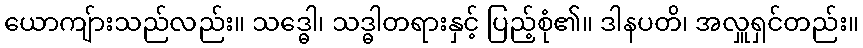
ယောကျ်ားသည်လည်း။ သဒ္ဓေါ၊ သဒ္ဓါတရားနှင့် ပြည့်စုံ၏။ ဒါနပတိ၊ အလှူရှင်တည်း။